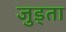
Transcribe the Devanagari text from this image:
जुड्ता